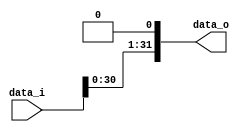
// Multiply imm with 2 to get branch offset
module Shift(
    data_i,
    data_o
);

// Ports
input   [31:0]  data_i;
output  [31:0]  data_o;

// Assignment
assign data_o = data_i << 1;

endmodule